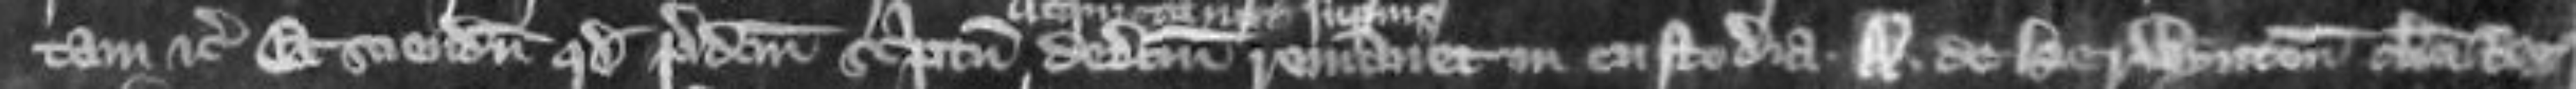
tam etc Et sciendum quod predictum scriptum dedictum remanet in custodia A de Herwynton clerici regis